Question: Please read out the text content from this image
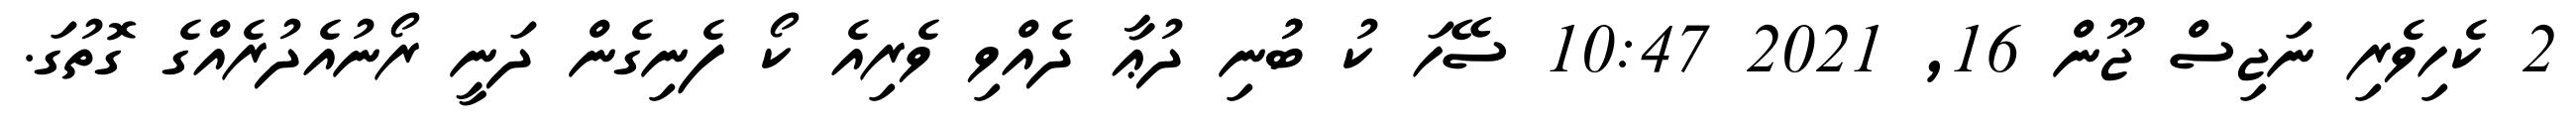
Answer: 2 ކެހިވެރި ނަޖިސް ޖޫން 16, 2021 10:47 ސޭހަ ކު ބުުނި ދުޢާ ދެއްވި ވެރިއެ ކޯ ފެނިގެން ދަނީ ރޯނުއެދުރެއްގެ ގޮތުގަ.